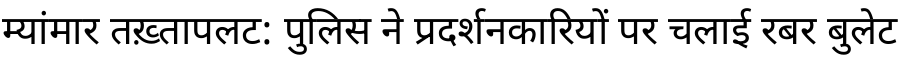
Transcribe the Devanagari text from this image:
म्यांमार तख़्तापलट: पुलिस ने प्रदर्शनकारियों पर चलाई रबर बुलेट